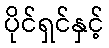
ပိုင်ရှင်နှင့်